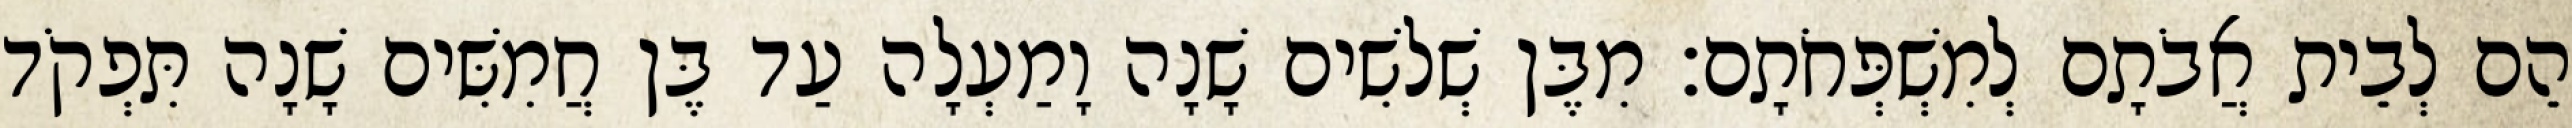
הֵם לְבֵית אֲבֹתָם לְמִשְׁפְּחֹתָם׃ מִבֶּן שְׁלשִׁים שָׁנָה וָמַעְלָה עַד בֶּן חֲמִשִּׁים שָׁנָה תִּפְקֹד